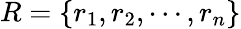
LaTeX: R=\{ r_{1},r_{2},\cdots,r_{n}\}